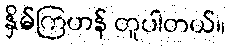
နှိမ်ကြဟန် တူပါတယ်။